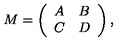
M = \left( \begin{array} { l l } { A } & { B } \\ { C } & { D } \\ \end{array} \right) ,